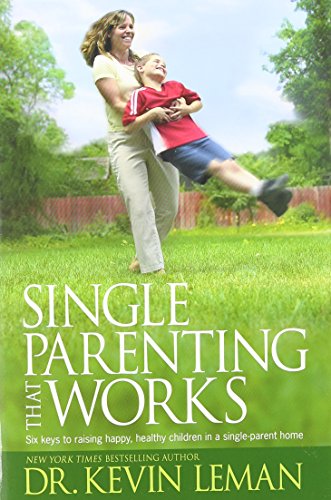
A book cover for Single Parenting That Works: Six Keys to Raising Happy, Healthy Children in a Single-Parent Home; Kevin Leman; Parenting & Relationships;